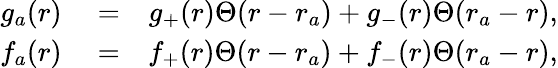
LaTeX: \begin{array}{rlr}{g_{a}(r)}&{{}=}&{g_{+}(r)\Theta(r-r_{a})+g_{-}(r)\Theta(r_{a}-r),}\\ {f_{a}(r)}&{{}=}&{f_{+}(r)\Theta(r-r_{a})+f_{-}(r)\Theta(r_{a}-r),}\end{array}